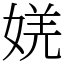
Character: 㛨